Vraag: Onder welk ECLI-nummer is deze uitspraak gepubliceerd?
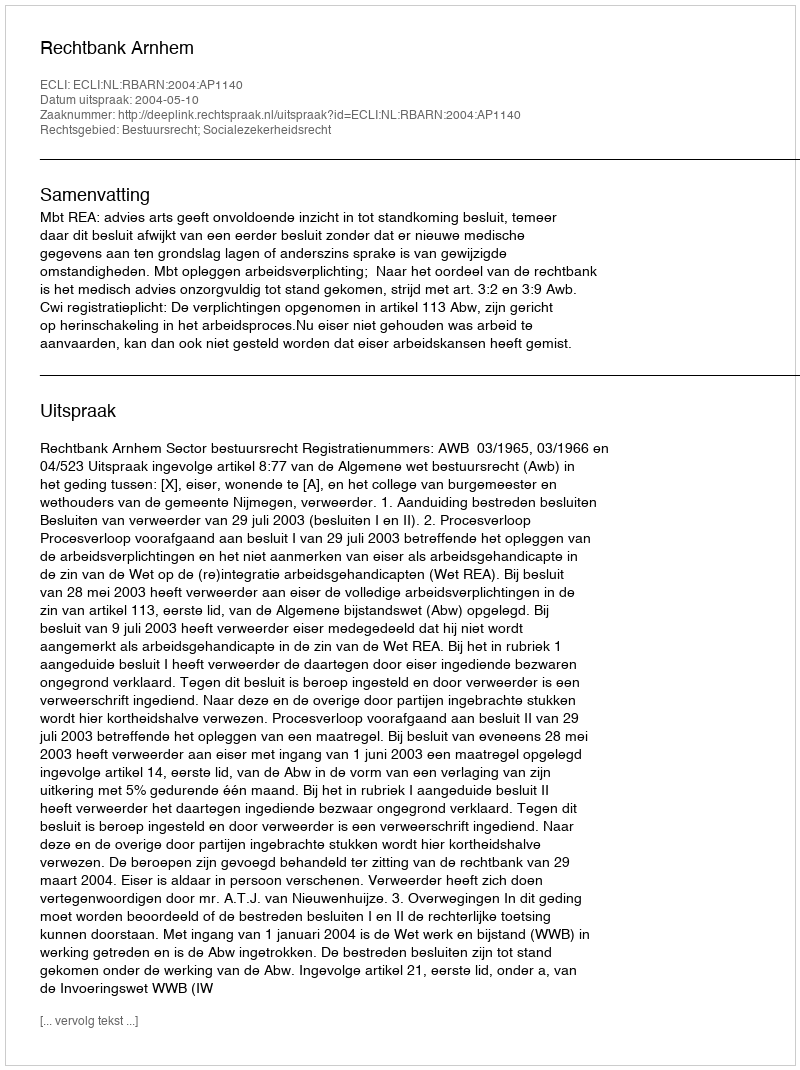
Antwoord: ECLI:NL:RBARN:2004:AP1140